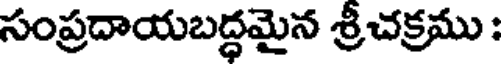
సంప్రదాయబద్ధమైన శ్రీచక్రము :